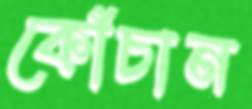
কোঁচান